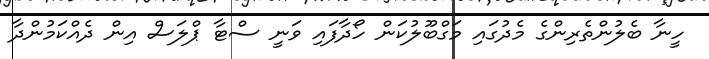
ހީނާ ބެލުންތެރިންގެ މެދުގައި މަގްބޫލުކަން ހޯދާފައި ވަނީ ސްޓާ ޕްލަސް އިން ދެއްކަމުންދާ